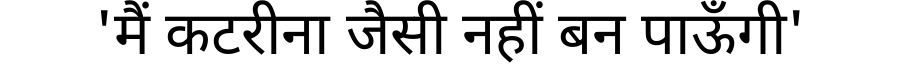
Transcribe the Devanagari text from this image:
'मैं कटरीना जैसी नहीं बन पाऊँगी'